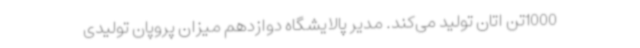
1000تن اتان تولید می‌کند. مدیر پالایشگاه دوازدهم میزان پروپان تولیدی